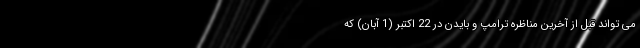
می تواند قبل از آخرین مناظره ترامپ و بایدن در 22 اکتبر (1 آبان) که